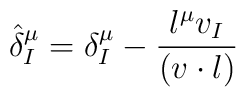
\hat{\delta}_I^{\mu}=\delta_I^{\mu}-{l^{\mu} v_I\over (v\cdot l)}